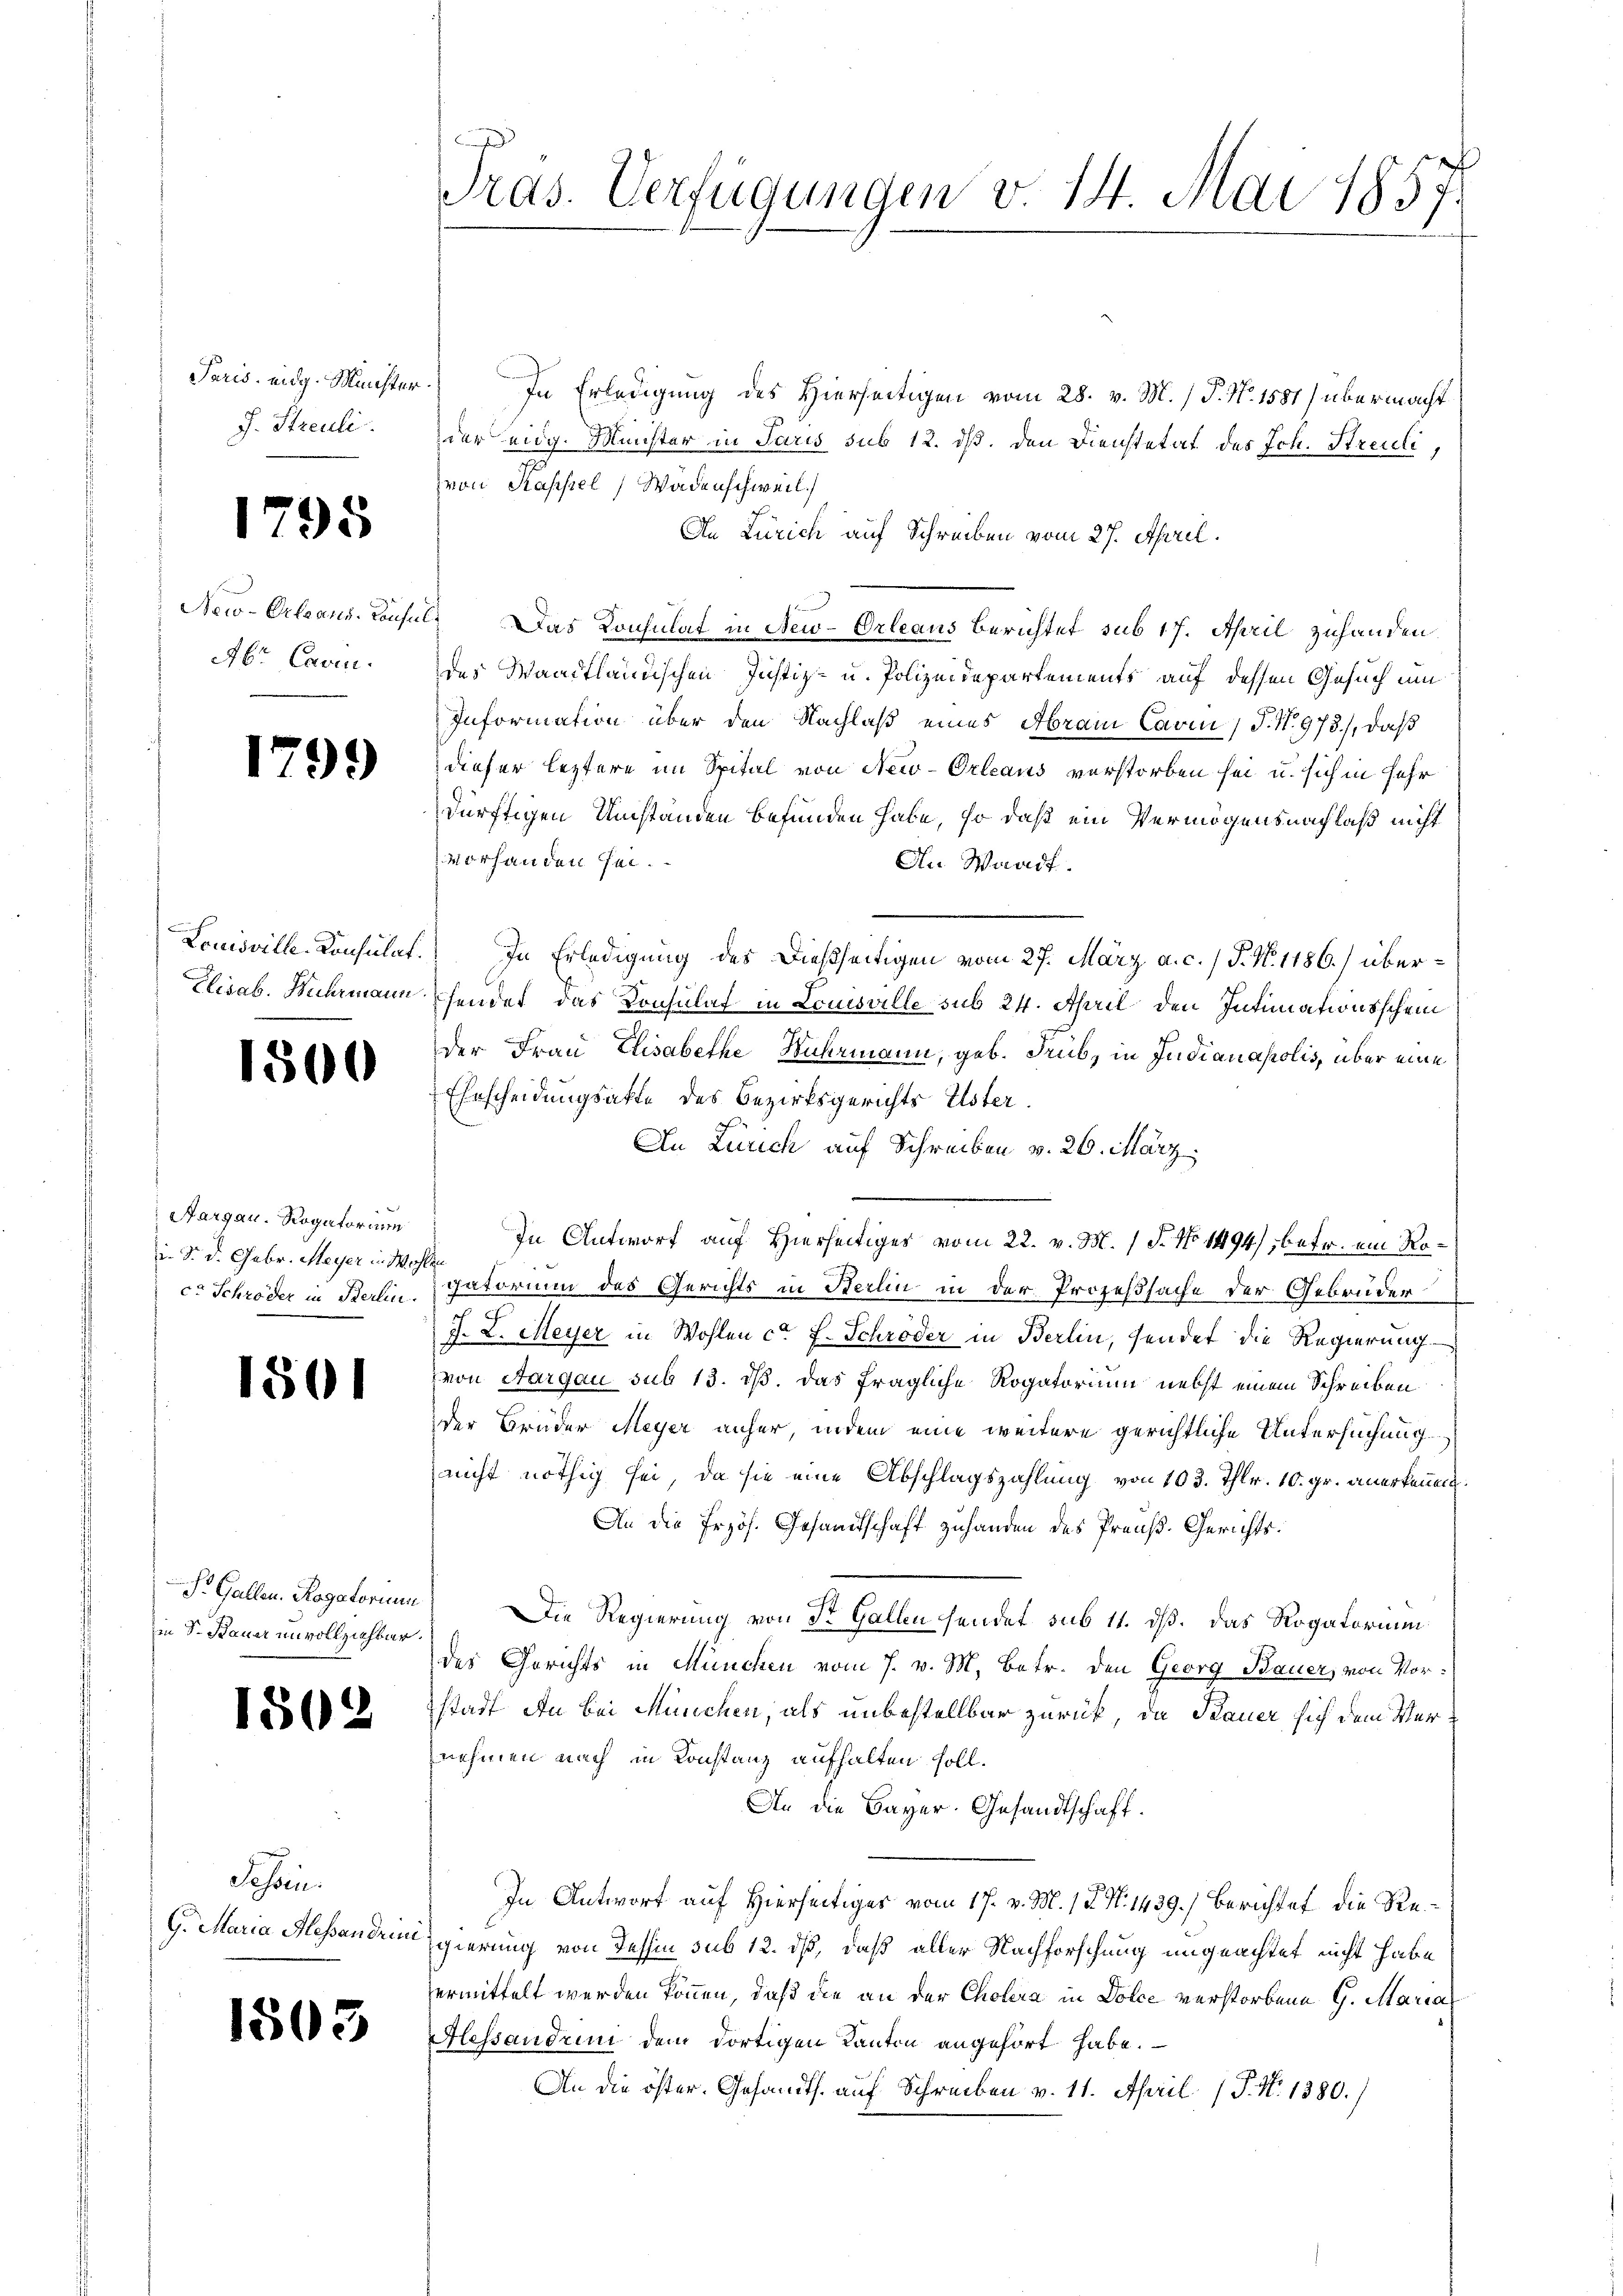
Paris eidg. Minister
J. Streuli

1795

New-Orleand. Consul
Abr Cavi.

Louisville-Konsulat.
Elisab. Nehrmann.

50

35)

1501

1502

)

Aargau, Rogatorium
i. d. d. Febr. Meyer in Wohle
co Schröder in Berlin.

S. Gallen, Rogatorium
in S. Bauer unvollziehbar.

Schön
G. Maria Hessandrini

1503

Pras. Verfügungen v. 14. Mai 1857.

In Erledigung des Hierseitigen vom 28. v. M.) P. Nr. 1581) übermacht
der eidg. Minister in Paris sub 12. ds. den Dienstetat des Joh. Streuli,
von Kapsel, Wadenschweil.
An Zürich auf Schreiben vom 27. April.
Das Konsulat in New-Orleaus Berichtet sub 17. April zuhanden
des Waadtländischen Justiz- u. Polizeidepartements auf dessen Gesuch um
Information über den Nachlaß eines Abrai Carin (T. N. 973), daß
dieser leztere im Spital von New-Orleans verstorben sei u. sich in sehr
dürftigen Umständen befunden habe, so daß ein Vermögensnachlaß nicht
vorhanden sei.
An Waadt.
In Erledigung des dießseitigen vom 27. März a. c. / P. N. 1186.) überhendet, das Konsulat in Louisville sub 24. April den Intimationsschein
der Frau Elisabethe Wuhrmann, geb. Trub, in Judianapolis, über eine
Ehescheidungsakte des Bezirksgerichts Uster.
In Zürich auf Schreiben v. 26. März.
In Antworf auf Hierseitiges vom 22. v. M. 1 S. No 1494), betr. ein Rogatorium des Gerichts in Sterlin in der Prozeßsache der Gebrüder
J. L. Meyer in Wohlen ca. f. Schröder in Berlin, sendet die Regierung
von Aargau sub 13. ds. das fragliche Rogatorium nebst einem Schreiben
der Brüder Meyer anher, indem eine weitere gerichtliche Untersuchung
nicht nöthig sei, da sie eine Abschlagszahlung von 103. Thlr. 10. gr. anerkennt.
An die Przös. Gesandtschaft zuhanden des Preuß. Gerichts¬
Die Regierung von St. Gallen sendet sub 11. ds. das Rogatorium
des Gerichts in München vom 7. v. M. Betr. den Georg Bauer, von Vorstadt An bei München, als unbestellbar zurück, da Bauer sich dem Mernehmen nach in Konstanz aufhalten soll.
An die Bayer. Gesandtschaft.
In Antwort auf Hierseitiges vom 17. v. M. 18. No. 1439.) Berichtet die Regierung von Tessin sub 12. ds, daß aller Nachforschung ungeachtet nicht habe
ermittelt werden können, daß die an der Cholera in Dolce verstorbene G. Maria
Hlessaudium dem dortigen Kanton angehört habe.
An die öster. Gesandts. auf Schreiben v. 11. April (T. N. 1380.)